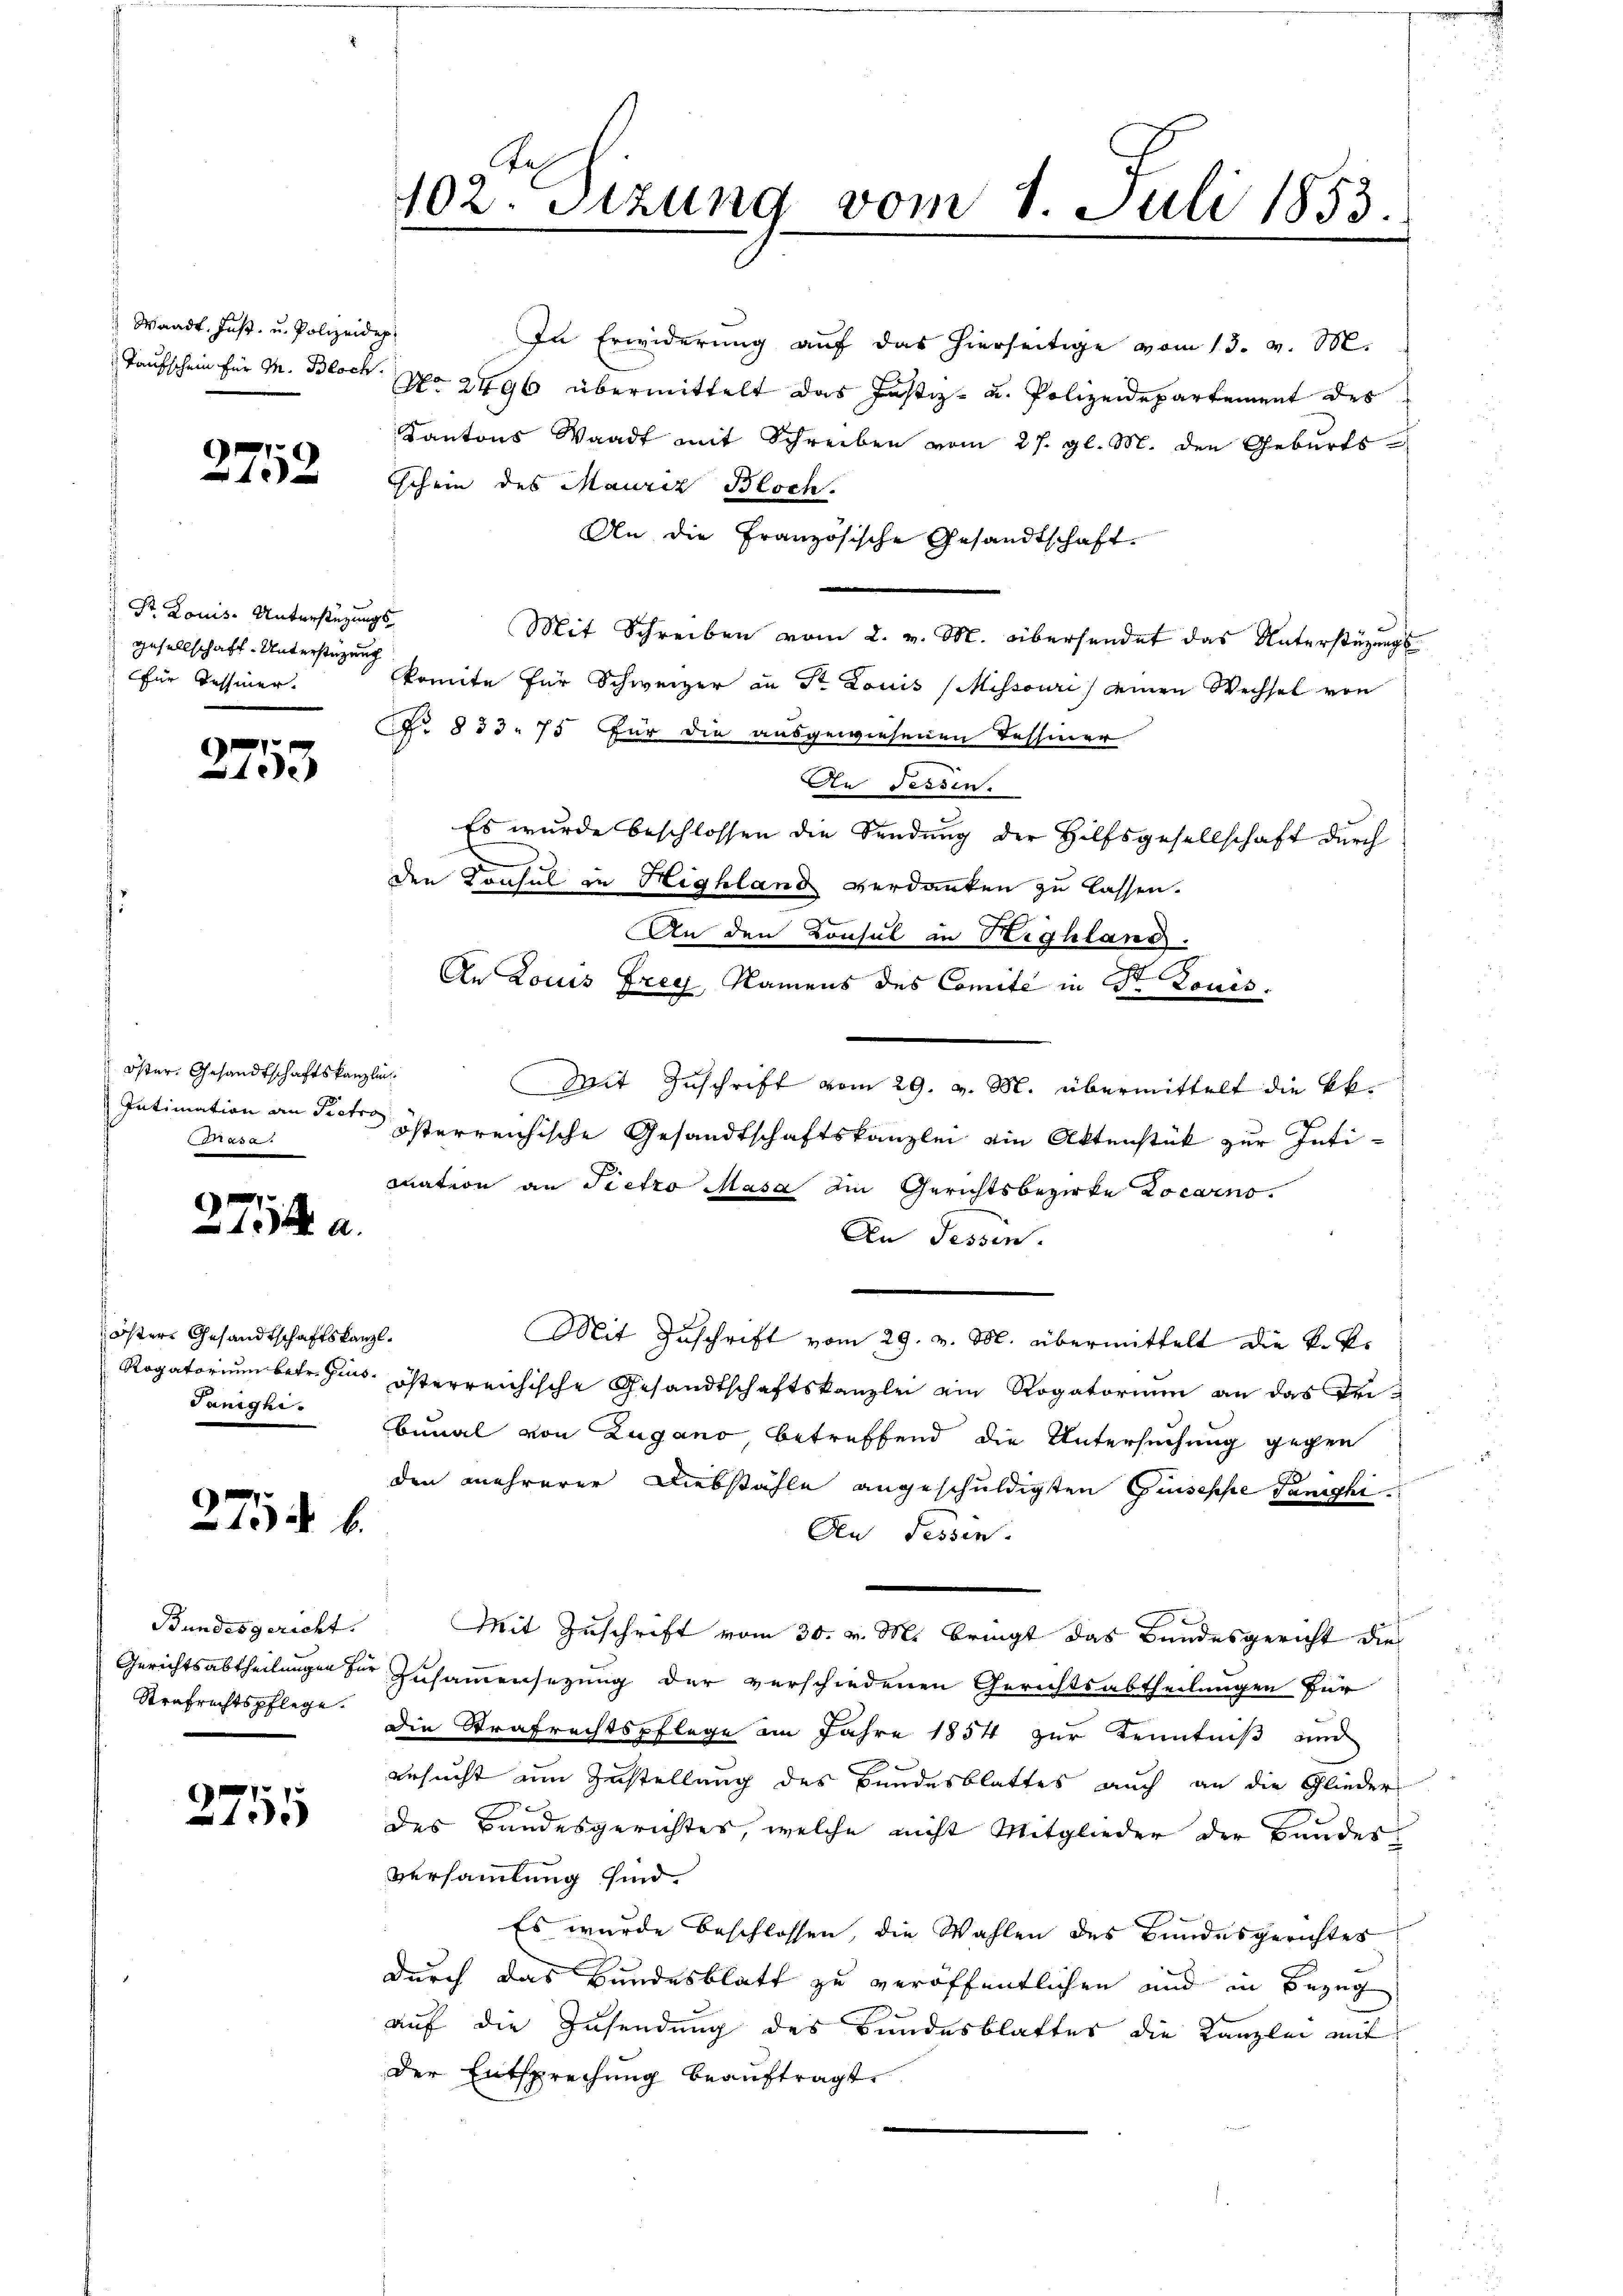
Waadt, Just u. Polizeidep

2752

Dr. Louis- Unterstüzungs
gesellschaft- Unterstüzung
für Tessiner.

2753

Öster. Gesandtschaftskanzlic
Intimation an Pietro
a

7
1 a

öster Gesandtschaftskanzl.
Tünghi.

2754 b

Bundesgericht.
Strafrechtspflege.

2755

Tah
102. Sitzung vom 1. Juli 1853.

In Erwiderung auf das hierseitige vom 13. v. M.
Taufschein für M. Block pp. 2496 übermittelt das Justiz- u. Polizeidepartement des
Kantons Waadt mit Schreiben vom 27. gl. M. den Geburts
schein des Maurer Bloch.
An die Französische Gesandtschaft.
Mit Schreiben vom 2. v. M. übersendet das Unterstüzungs-
komite für Schweizer an Dr Louis (Mihsouri einen Wechsel von
No 833. 75 für die ausgewiesenen Tessiner
An dessen.
Es wurde beschlossen die Sendung der Hilfsgesellschaft durch
den Konsul in Highland verdanken zu lassen.
An den Konsul in Highland.
An Louis Frey, Namens des Comite in St. Louis.
Mit Zuschrift vom 29. v. M. übermittelt die kk.
österreichische Gesandtschaftskanzlei ein Aktenstük zur Intimnation an Pietro Masa ein Gerichtsbezirke Locarno.
An Tessin.
Mit Zuschrift vom 29. v. M. übermittelt die k.k.
Rogatorium betr. Zins österreichische Gesandtschaftskanzlei ein Rogatorium an das Tribunal von Zugano betreffend die Untersuchung gegen
den mehrerer Diebstähle angeschuldigten Guisesche Saniphi¬
Den Tessin.
Mit Zuschrift vom 30. v. M. bringt das Bundesgericht dies
Gerichtsabtheilungen für Zusammensezung der verschiedenen Gerichtsabtheilungen für
die Strafrechtspflege im Jahre 1854 zur Kenntniß und
ersucht um Zustellung des Bundesblattes auch an die Glieder
7
des Bandesgerichtes, welche nicht Mitglieder der Baudes
Versammlung sind.
Es wurde beschlossen, die Wahlen des Bundesgerichtes
durch das Bundesblatt zu veröffentlichen und in Bezug
auf die Zusendung des Bundesblattes die Kanzlei mit
der Entsprechung beauftragt.